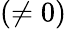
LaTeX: (\neq 0)